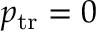
p _ { \mathrm { t r } } = 0